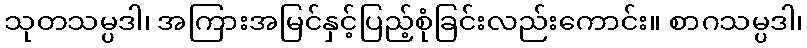
သုတသမ္ပဒါ၊ အကြားအမြင်နှင့်ပြည့်စုံခြင်းလည်းကောင်း။ စာဂသမ္ပဒါ၊